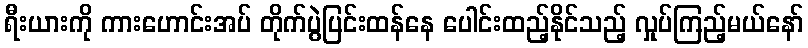
ရီးယားကို ကားဟောင်းအပ် တိုက်ပွဲပြင်းထန်နေ ပေါင်းထည့်နိုင်သည့် လှုပ်ကြည့်မယ်နော်